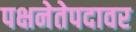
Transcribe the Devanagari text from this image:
पक्षनेतेपदावर